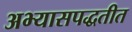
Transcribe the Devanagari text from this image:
अभ्यासपद्धतीत